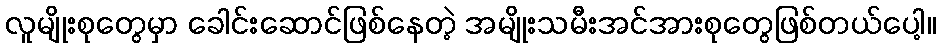
လူမျိုးစုတွေမှာ ခေါင်းဆောင်ဖြစ်နေတဲ့ အမျိုးသမီးအင်အားစုတွေဖြစ်တယ်ပေါ့။